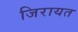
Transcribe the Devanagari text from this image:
जिरायत